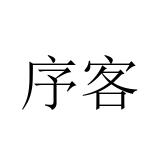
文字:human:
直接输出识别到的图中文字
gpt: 序客